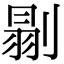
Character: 𠞈